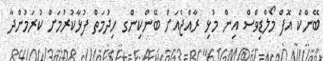
ބޭންކް އޮފް މޯލްޑިވްސް އިން މުޅި ރާއްޖެއަށް ބޭންކިންގ ހިދުމަތް ފުޅާކުރުމަށް ކުރަމުންދާ